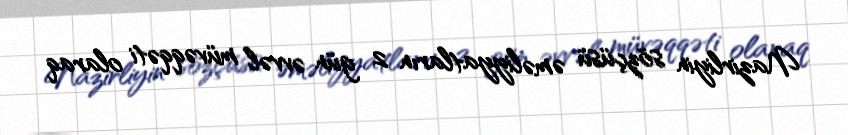
Nazirliyin sözçüsü əməliyyatların 2 gün əvvəl müvəqqəti olaraq